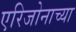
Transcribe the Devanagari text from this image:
एरिजोनाच्या